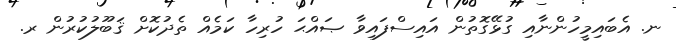
ނ. އެބައިމީހުންނާއި ގުޅޭގޮތުން އައިސްފައިވާ ޞައްޙަ ހުރިހާ ކަމެއް ތެދުކޮށް ޤަބޫލުކުރުން ރ.